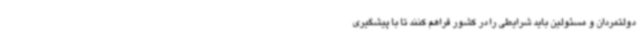
دولتمردان و مسئولین باید شرایطی را در کشور فراهم کنند تا با پیشگیری